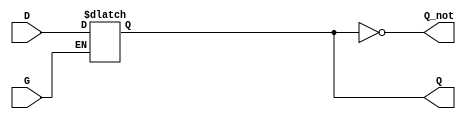
module GatedDLatch (
    input wire D,      // Data Input
    input wire G,      // Gate/Enable Input
    output reg Q,      // Output Q
    output wire Q_not  // Complement of Q
);

// Generate the complement of Q
assign Q_not = ~Q;

// Always block to implement the latch functionality
always @(*) begin
    if (G) begin
        // Latch is transparent - Q follows D
        Q = D;
    end else begin
        // Latch is opaque - Q holds its last value
        // Q remains unchanged
    end
end

endmodule